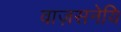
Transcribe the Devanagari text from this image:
वाज़सनेयि